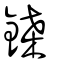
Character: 鎟